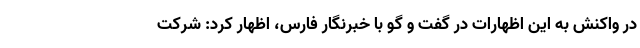
در واکنش به این اظهارات در گفت و گو با خبرنگار فارس، اظهار کرد: شرکت